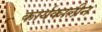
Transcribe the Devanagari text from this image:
कार्यकालीन